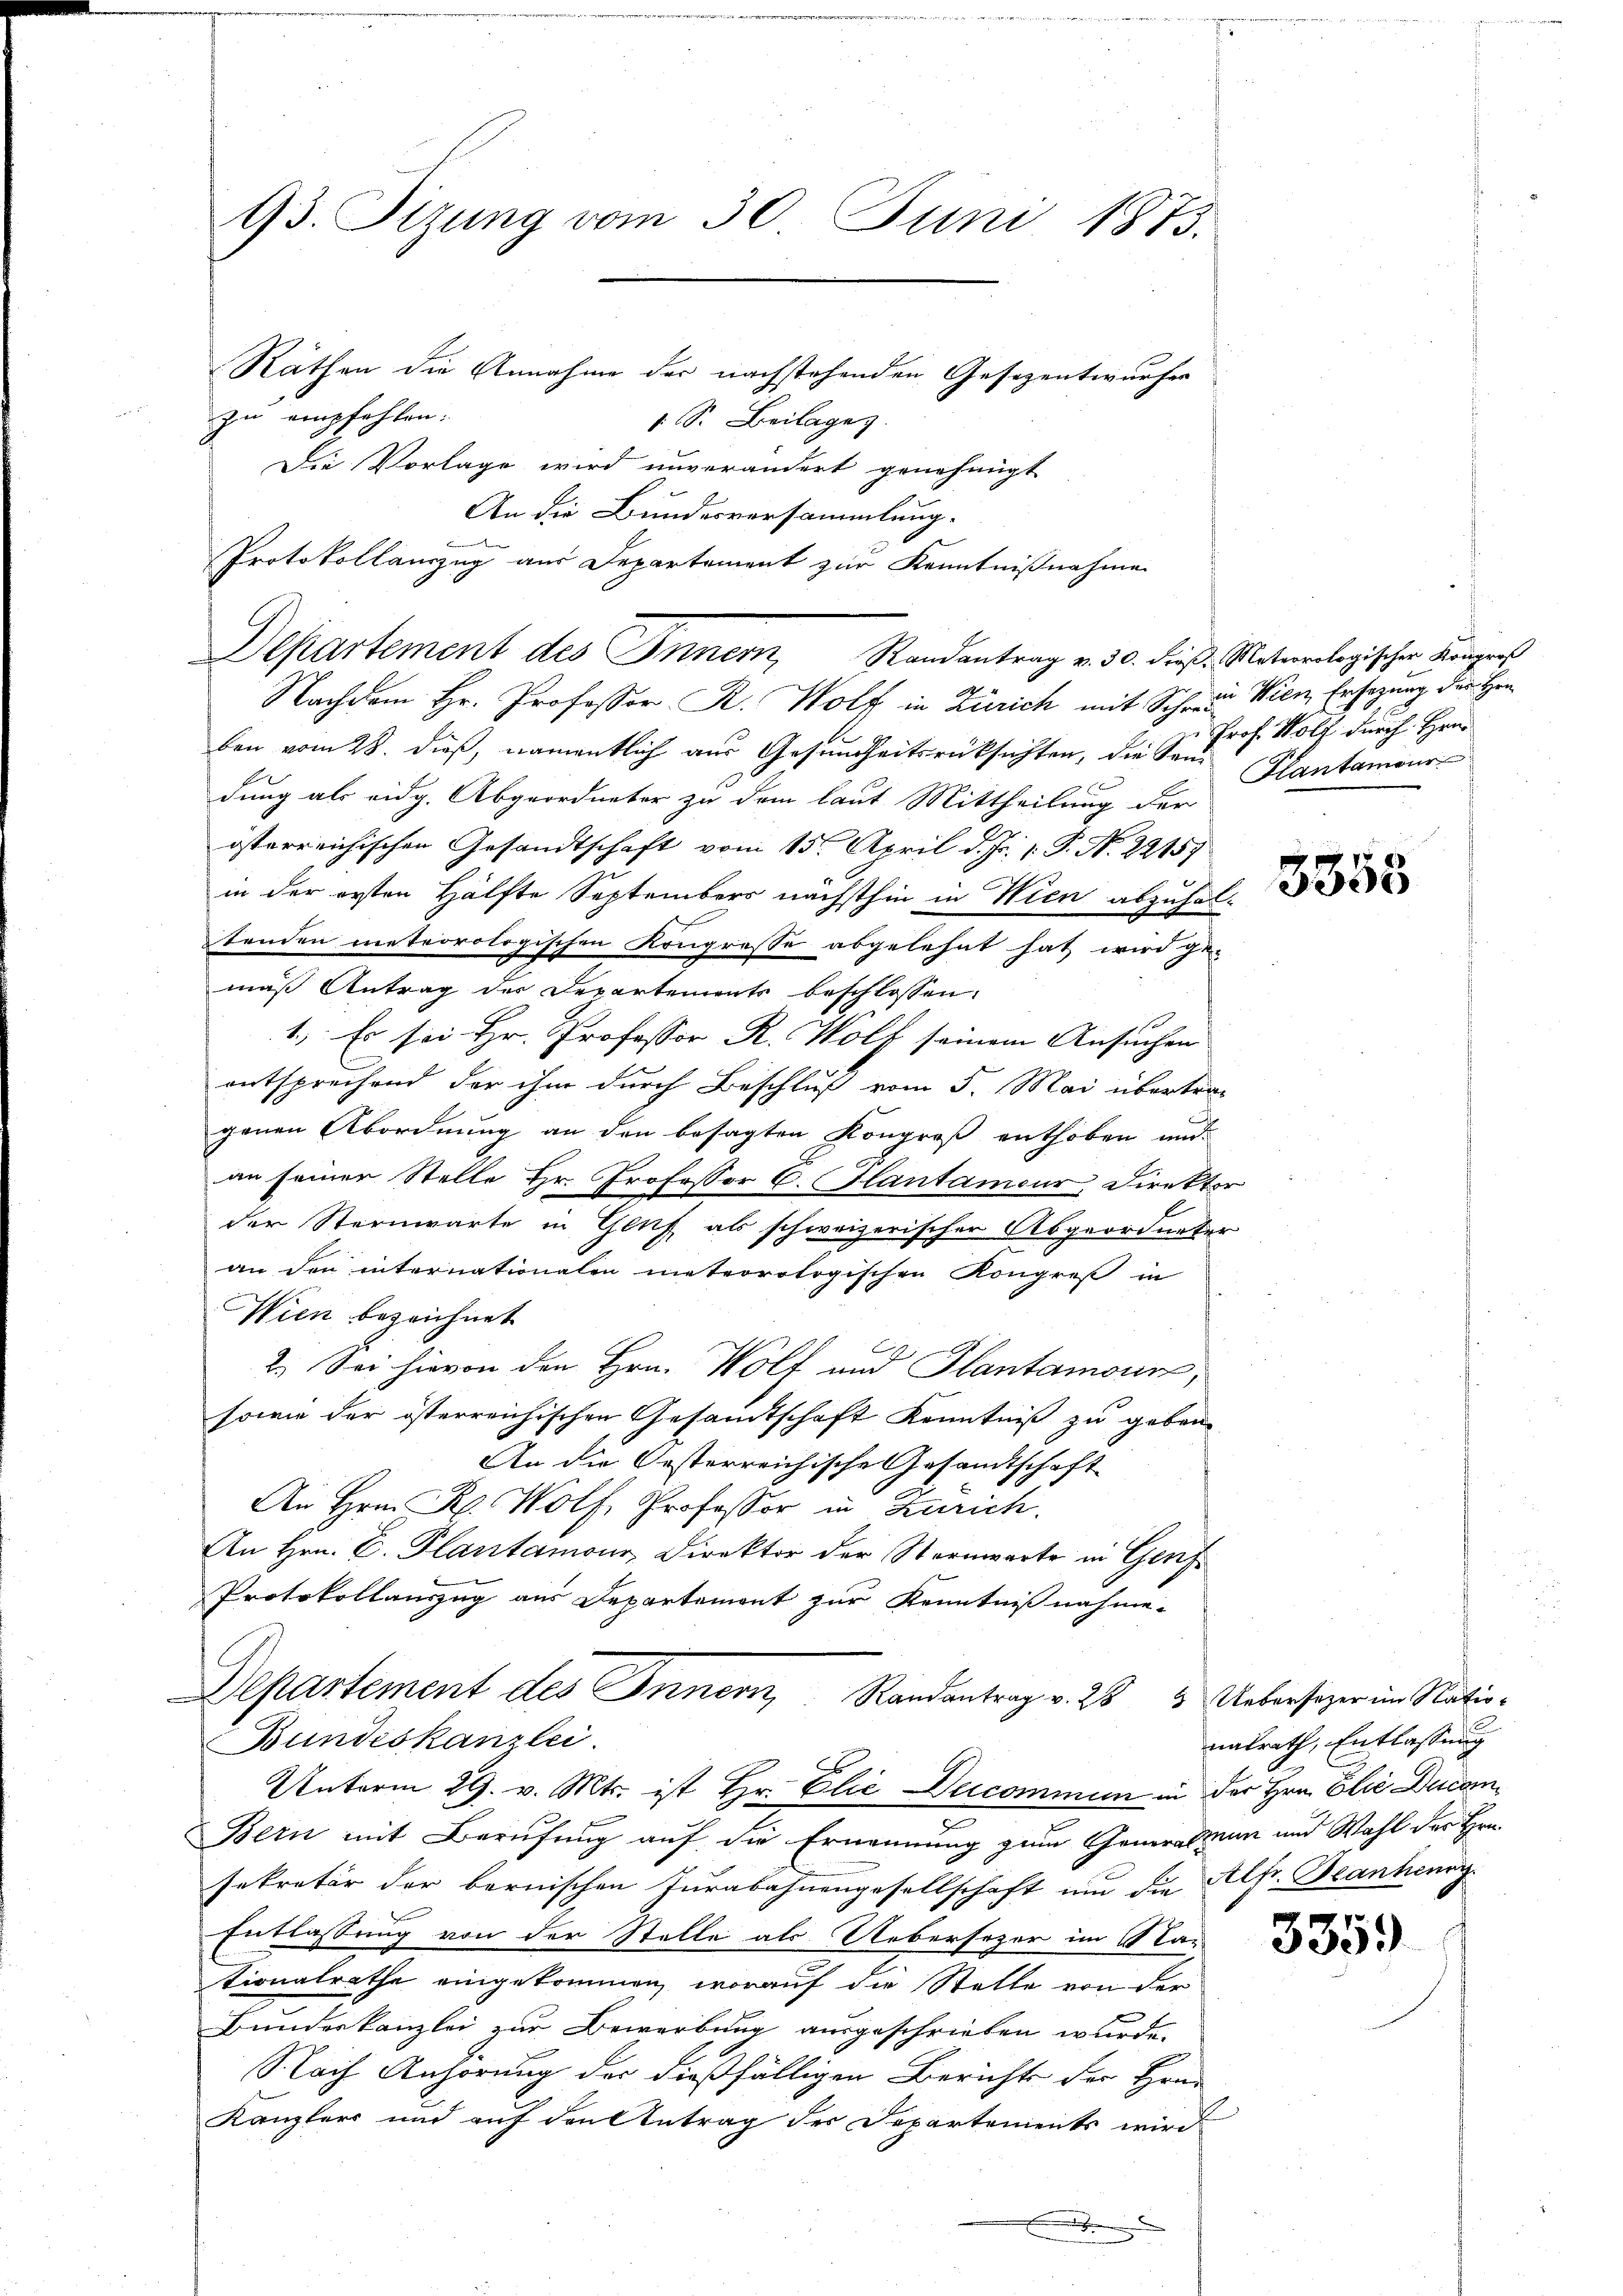
93. Sizung vom 30. Juni 1873.
Räthen die Annahme der nachstehenden Gesezentwurfer
zu empfehlen.
1 S. Beilagen.
Die Vorlage wird unverändert genehmigt

Departement des Innern, Randantrag v. 30. dieß. Meteorologischer Königre

An die Bundesversammlung.
Protokollauszug aus Departement zur Kenntnißnahme

Nachdem Hr. Professor R. Wolf in Zürich mit Sch. Wien, Ersezung der Her
ben vom 28. dieß, namentlich aus Gesundheitsrücksichten, die Sandung als eidg. Abgeordneter zu dem laut Mittheilung der
österreichischen Gesandtschaft vom 15. April d. Js. v. P. N. 22157
in der ersten Hälfte Septembers nächsthin in Wien abzuhaltenden meteorologischen Kongresse abgelehnt hat wird ge-
mäß Antrag der Departements beschlossen:
1., Es sei Hr. Professor R. Wolf seinem Ansuchen
entspruchend der ihm durch Beschluß vom 5. Mai übertragenen Abordnung an den besagten Kongreß enthoben und
an seiner Stelle Hr. Professor C. Plantamour, Direktor
der Sternwarte in Gluf als schweizerischer Abgeordneter
an den internationalen meteorologischen Kongreß in
Wien bezeichnet
2. Sei hievon den Hrn. Wolf und Plantamour,
sowie der österreichischen Gesandtschaft Kenntniß zu geben.
An die Oesterreichische Gesandtschaft
An Hrn. R. Wolf, Professor in Zürich.
An Hrn. C. Plantamoni, Direktor der Sternwarte in Genf
Protokollauszug aus Departemont zur Kenntnißnahme-
Departement des Innern, Randantrag v. 284 Uebersezer im Natio¬
Bundeskanzlei.
Unterm 29. v. Mts. ist Hr. Elie Decommen in der Hrn. Elić Ducom¬
Bern mit Berufung auf die Ernennung zum Generalsum und Wahl des Hrn.
sekretär der bernischen Jurabahnengesellschaft und die Alfr. Beanheng
Entlassung von der Stelle als Uebersezer im Gla-
tionalrathe eingekommen worauf die Stelle von der
Bundeskanzlei zur Bewerbung ausgeschrieben wurde.
Nach Anhörung der dießfälligen Berichts der Hrn.
Kanzlers und auf den Antrag der Departements wird

Prof. Wolf durch Hrn.
Hlantamour

3355

natrath, Entlassung

335.